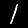
Label: 1